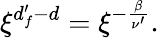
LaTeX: \begin{array}{r}{\xi^{d_{f}^{\prime}-d}=\xi^{-\frac{\beta}{\nu^{\prime}}}.}\end{array}